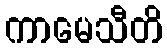
ကာမေသီတိ